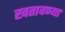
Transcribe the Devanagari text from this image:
खतावण्या